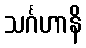
သင်္ဂဟာနိ